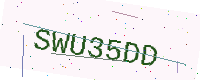
Text: SWU35DD